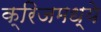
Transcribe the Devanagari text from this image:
क्रिजमध्ये